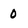
Character: 0